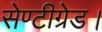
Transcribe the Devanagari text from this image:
सेण्टीग्रेड।